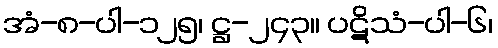
အံ-၈-ပါ-၁၂၅၊ ဋ္ဌ-၂၄၃။ ပဋိသံ-ပါ-၆၊